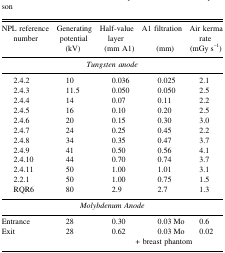
| NPL reference number | Generating potential (kV) | Half-value layer (mm A1) | A1 filtration (mm) | Air kerma rate (mGy s−1) |
 | <COLSPAN=5> Tungsten anode |
 | --- | --- | --- | --- | --- |
 | 2.4.2 | 10 | 0.036 | 0.025 | 2.1 |
 | 2.4.3 | 11.5 | 0.050 | 0.050 | 2.5 |
 | 2.4.4 | 14 | 0.07 | 0.11 | 2.2 |
 | 2.4.5 | 16 | 0.10 | 0.20 | 2.5 |
 | 2.4.6 | 20 | 0.15 | 0.30 | 3.0 |
 | 2.4.7 | 24 | 0.25 | 0.45 | 2.2 |
 | 2.4.8 | 34 | 0.35 | 0.47 | 3.7 |
 | 2.4.9 | 41 | 0.50 | 0.56 | 4.1 |
 | 2.4.10 | 44 | 0.70 | 0.74 | 3.7 |
 | 2.4.11 | 50 | 1.00 | 1.01 | 3.1 |
 | 2.2.1 | 50 | 1.00 | 0.75 | 1.5 |
 | RQR6 | 80 | 2.9 | 2.7 | 1.3 |
 | <COLSPAN=5> Molybdenum Anode |
 | Entrance | 28 | 0.30 | 0.03 Mo | 0.6 |
 | Exit | 28 | 0.62 | 0.03 Mo | 0.02 |
 | <COLSPAN=5> + breast phantom |